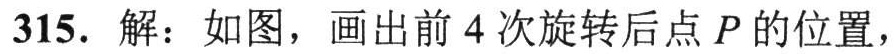
315. 解：如图，画出前 4 次旋转后点 \(P\) 的位置，